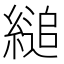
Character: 縋